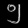
Digit: ၅